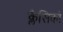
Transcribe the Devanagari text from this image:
क्लैसिको